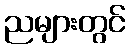
ညများတွင်